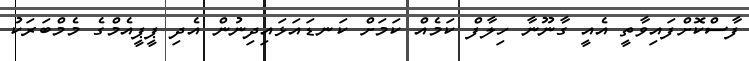
ފާސްކޮށްފައިވާތީ އެއީ ގާނޫނާ ހިލާފް ކަމެއް ކަމަށް ކަނޑައަޅައިދިނުން އެދި ޕީޕީއެމްގެ މެމްބަރަކު